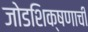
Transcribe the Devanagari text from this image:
जोडशिक्षणाची